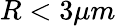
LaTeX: R<3\mu m